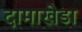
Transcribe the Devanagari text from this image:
दामाखेडा